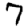
Digit: 7